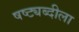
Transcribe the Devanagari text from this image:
षष्ट्यब्दीला